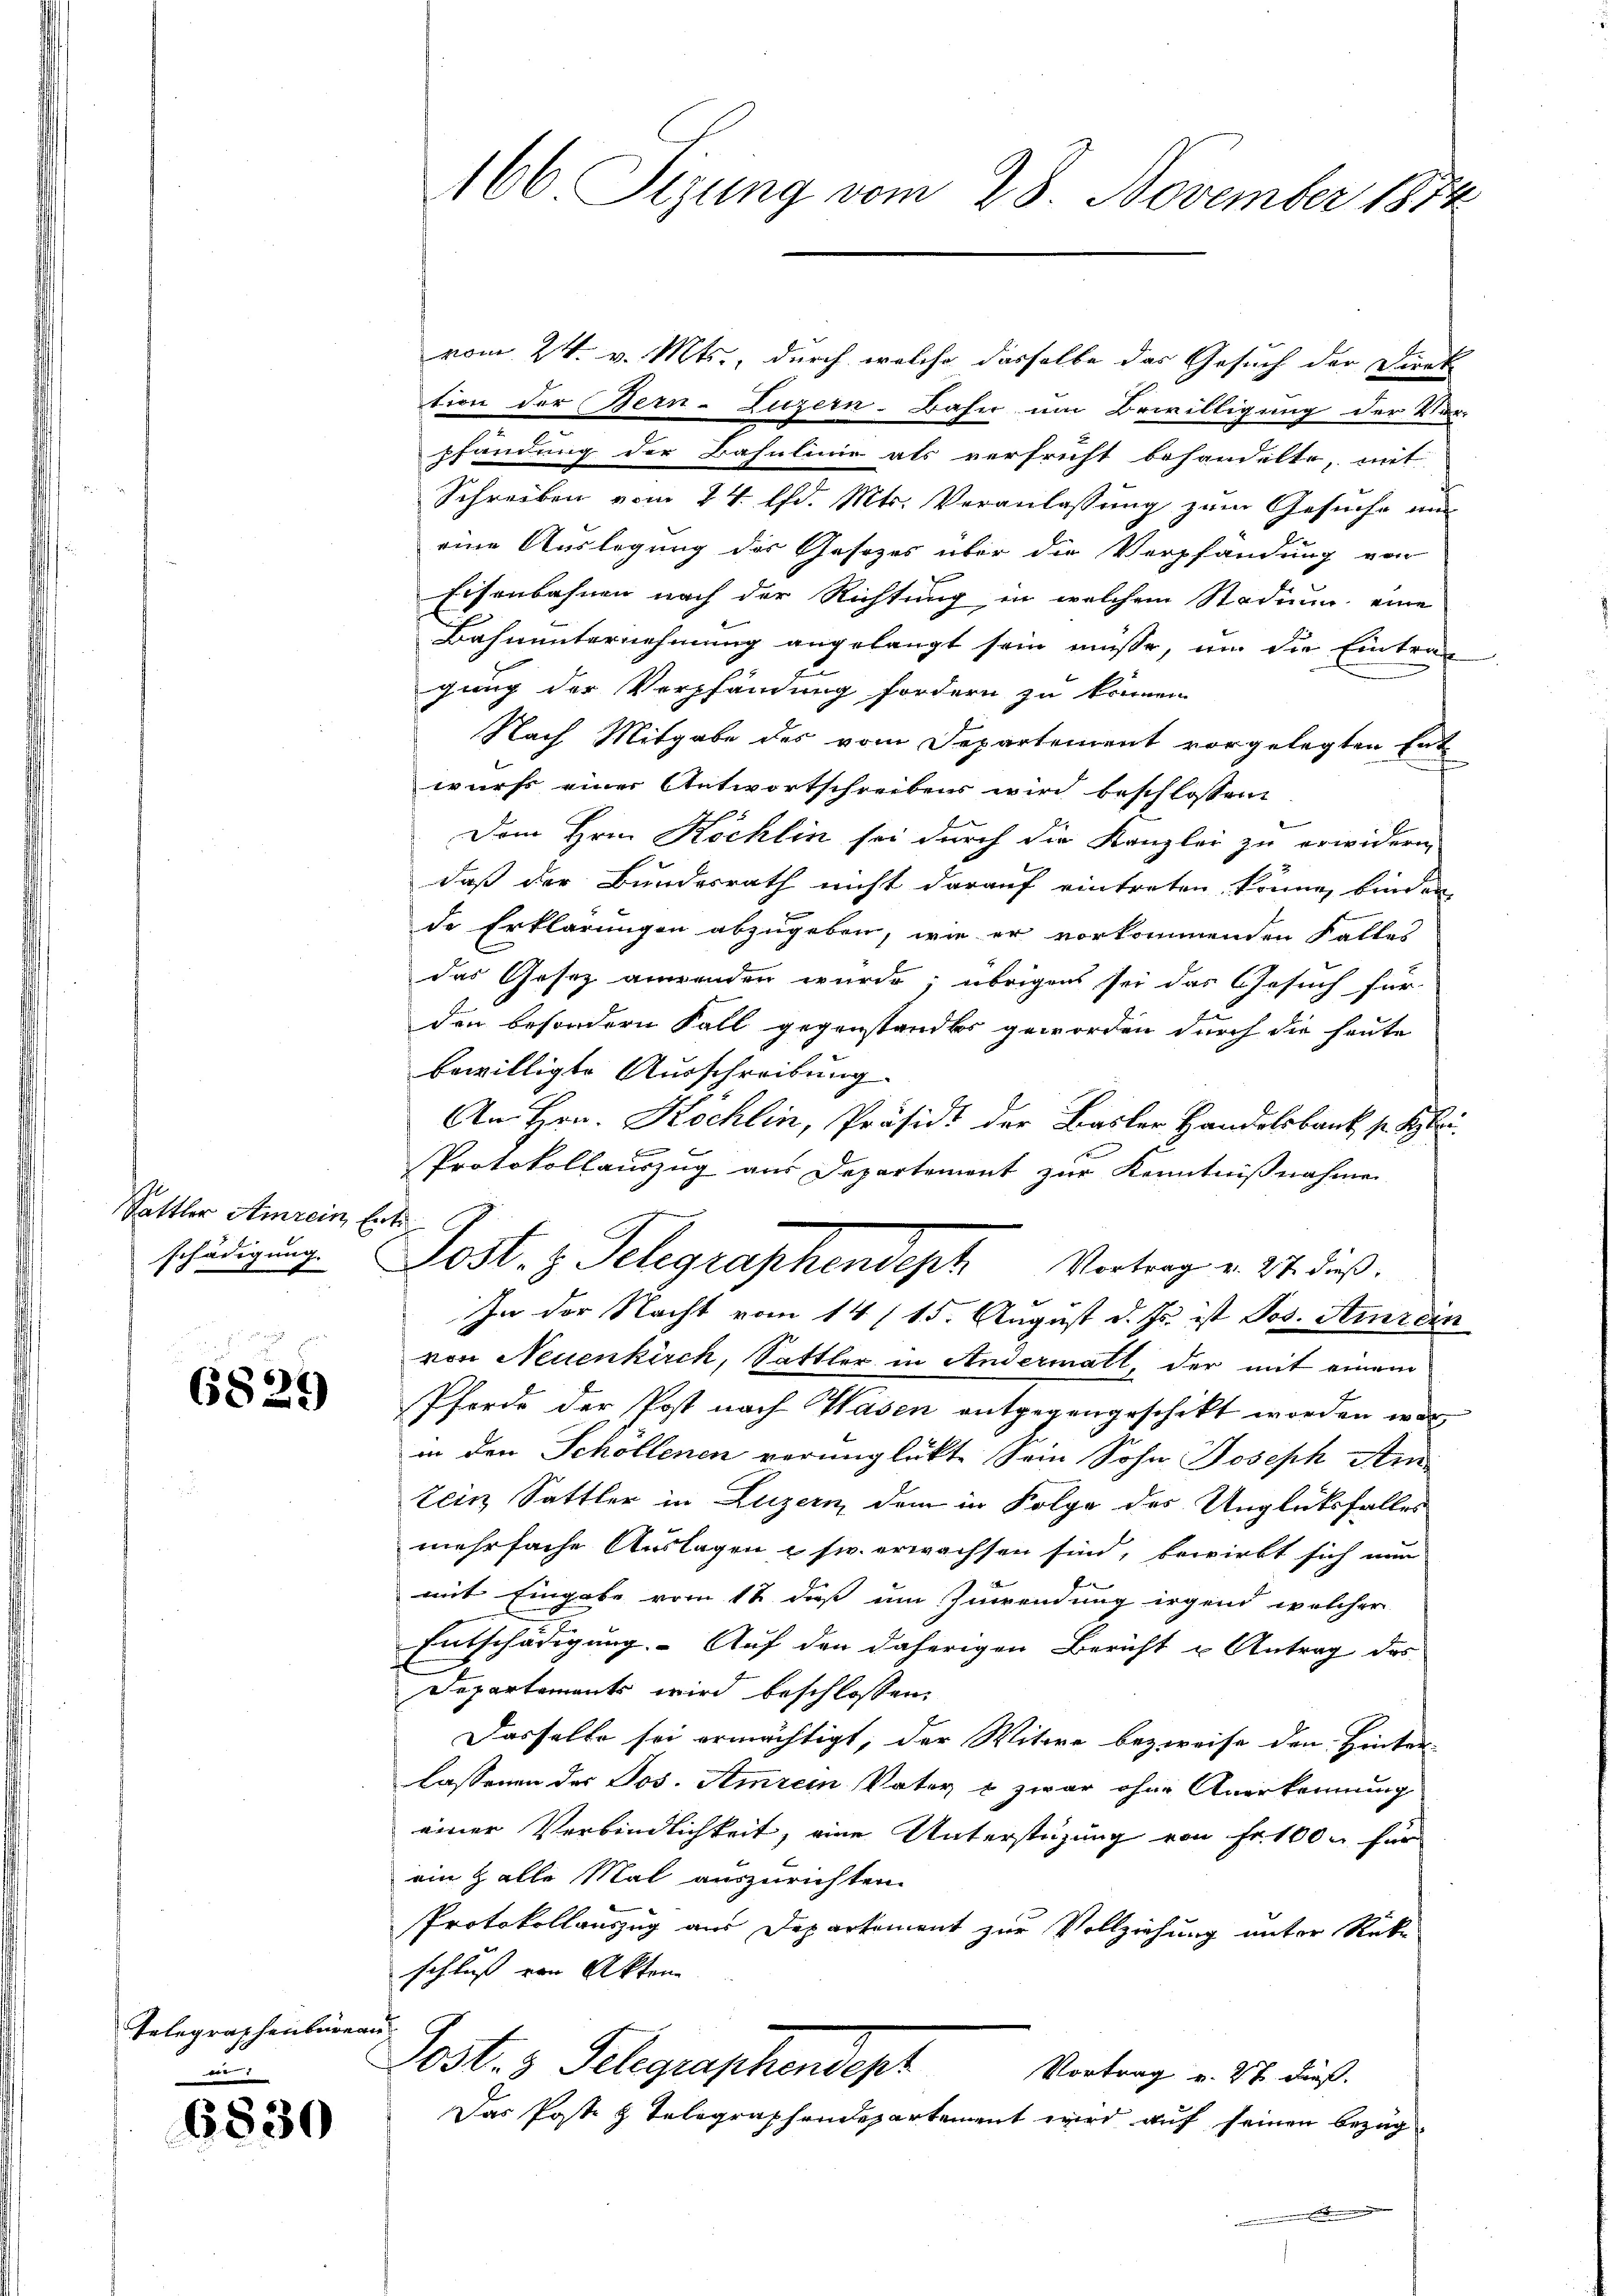
Sattler Amrein, Ent
schädigung.

6829

Telegraphenbureau
u

6830

vom 24. v. Mts., durch welche dasselbe das Gesuch der Direk
tion der Bern-Luzern-Bahn um Bewilligung der Ver-
pfandung der Bahnlinie als verfrecht behandelte, mit
Schreiben vom 24. d. Mts. Veranlassung zum Gesuche un
eine Auslegung des Gesetzes über die Verpfandung von
Eisenbahnen nach der Richtung in welchem Stadung eine
Bahnunternehmung angelangt sein müsse, um die Eintrag
gung der Verpfändung fordern zu können.
Nach Mitgabe des vom Departement vorgelegten Ent-
wurfs einer Antwortschreibens wird beschlossen:
Dem Hrn. Köchlin sei durch die Kanzlei zu erwidern,
daß der Bundesrath nicht darauf eintreten könne, binden
de Erklärungen abzugeben, wie er vorkommenden Falles
das Gesetz anwenden wurde; übrigens sei das Gesuch für
den besondern Fall gegenstandts geworden durch die heute
bewilligte Ausschreibung.
An Hrn. Köchlin, Präsidi der Basler Handelsbank s. Blei
B
F
Protokollauszug aus Departement zur Kenntnißnahmen
In der Nacht vom 14/15. August d. Js. ist Pos. Amrein
von Neuenkirch, Sattler in Andermatt, der mit einem
Pferde der Post nach Hasen entgegengeschikt worden war,
in den Schöllenen verunglückte Sein Sohn Joseph Arn
tenz Sattler in Luzern dem in Folge des Unglücksfalles
mehrfache Auslagen & sw. erwachsen sind, bewirkt sich nun
mit Eingabe vom 12 daß um Zuwendung irgend welcher
Entschädigung. Auf den daherigen Bericht u Antrag das
Departements wird beschlossen:
Dasselbe sei ermächtigt, der Witwe bezweife den Hinter-
lassenen des Jos. Amrein Vater & zwar ohne Anerkennung
einer Verbindlichkeit, eine Unterstüzung von Fr. 100 für
ein Halle Mal auszurichten.
Protokollauszug aus Departement zur Vollziehung unter Rückschluß von Akten
Post. 3. Telegraphendert
Vortrag v. 27 dieß.
Das Poste z. Telegraphendepartement wird auf seinen Bezug
E

166 Sizung vom 28. November 1874

Lost.  Telegraphendeph. Vertrag v. M. daß